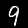
Digit: 9